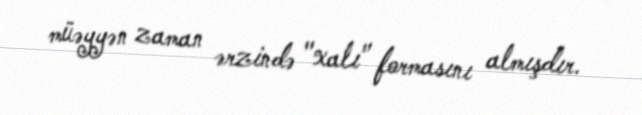
müəyyən zaman ərzində "xalı" formasını almışdır.